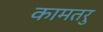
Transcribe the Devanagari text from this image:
कामतरु